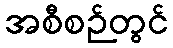
အစီစဉ်တွင်